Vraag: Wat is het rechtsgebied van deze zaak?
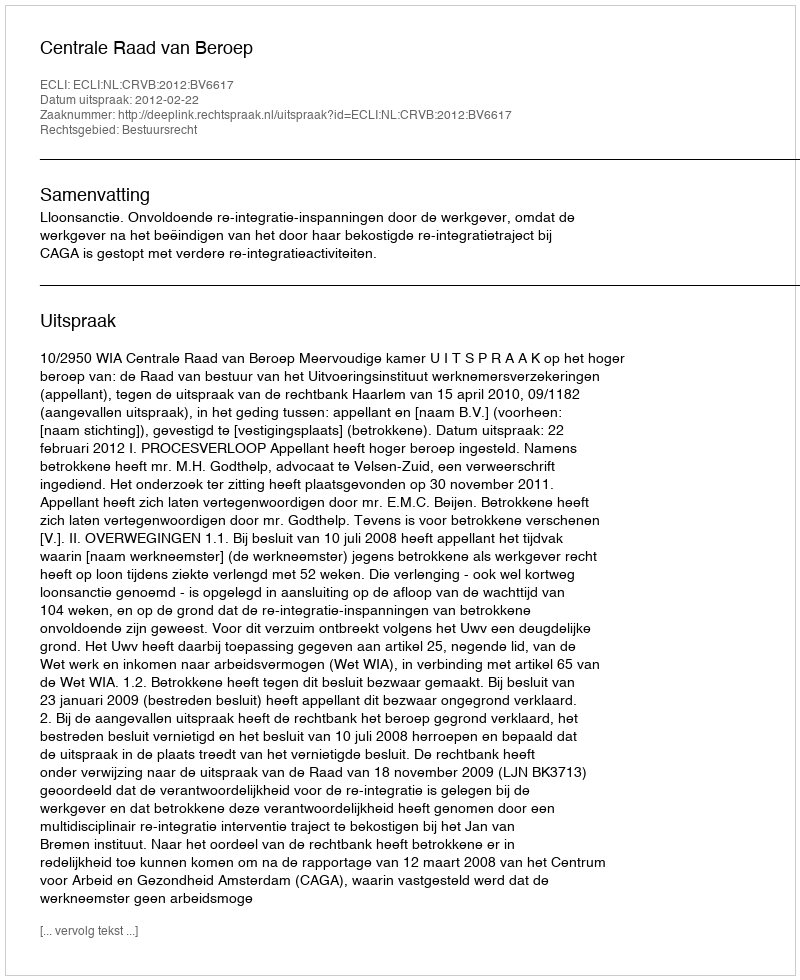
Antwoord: Bestuursrecht